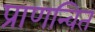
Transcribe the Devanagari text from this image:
प्राणन्वित